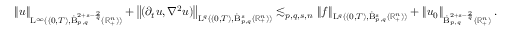
\begin{array} { r } { \left\lVert u \right\rVert _ { \mathrm { L } ^ { \infty } ( ( 0 , T ) , \dot { \mathrm { B } } _ { p , q } ^ { 2 + s - \frac { 2 } { q } } ( \mathbb { R } _ { + } ^ { n } ) ) } + \left\lVert ( \partial _ { t } u , \nabla ^ { 2 } u ) \right\rVert _ { \mathrm { L } ^ { q } ( ( 0 , T ) , \dot { \mathrm { B } } _ { p , q } ^ { s } ( \mathbb { R } _ { + } ^ { n } ) ) } \lesssim _ { p , q , s , n } \left\lVert f \right\rVert _ { \mathrm { L } ^ { q } ( ( 0 , T ) , \dot { \mathrm { B } } _ { p , q } ^ { s } ( \mathbb { R } _ { + } ^ { n } ) ) } + \left\lVert u _ { 0 } \right\rVert _ { \dot { \mathrm { B } } _ { p , q } ^ { 2 + s - \frac { 2 } { q } } ( \mathbb { R } _ { + } ^ { n } ) } . } \end{array}